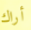
أراك